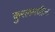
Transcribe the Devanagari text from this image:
कुरलमधील